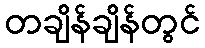
တချိန်ချိန်တွင်